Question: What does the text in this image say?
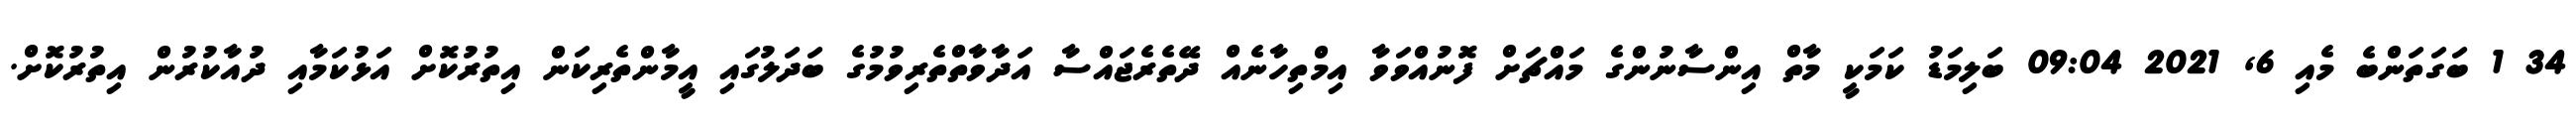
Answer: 34 1 ބަގަތަންބެ މެއި 6, 2021 09:04 ބަލިމަޑު ކަމަކީ މާތް އިންސާނުންގެ މައްޗަށް ފޮނުއްވަވާ އިމްތިހާނެއް ދޭތެރެޖައްސާ އަދާވާތްތެރިވުމުގެ ބަދަލުގައި އީމާންތެރިކަން އިތުރުކޮށް އަޅުކަމާއި ދުއާކުރުން އިތުރުކޮށް.